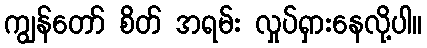
ကျွန်တော် စိတ် အရမ်း လှုပ်ရှားနေလို့ပါ။